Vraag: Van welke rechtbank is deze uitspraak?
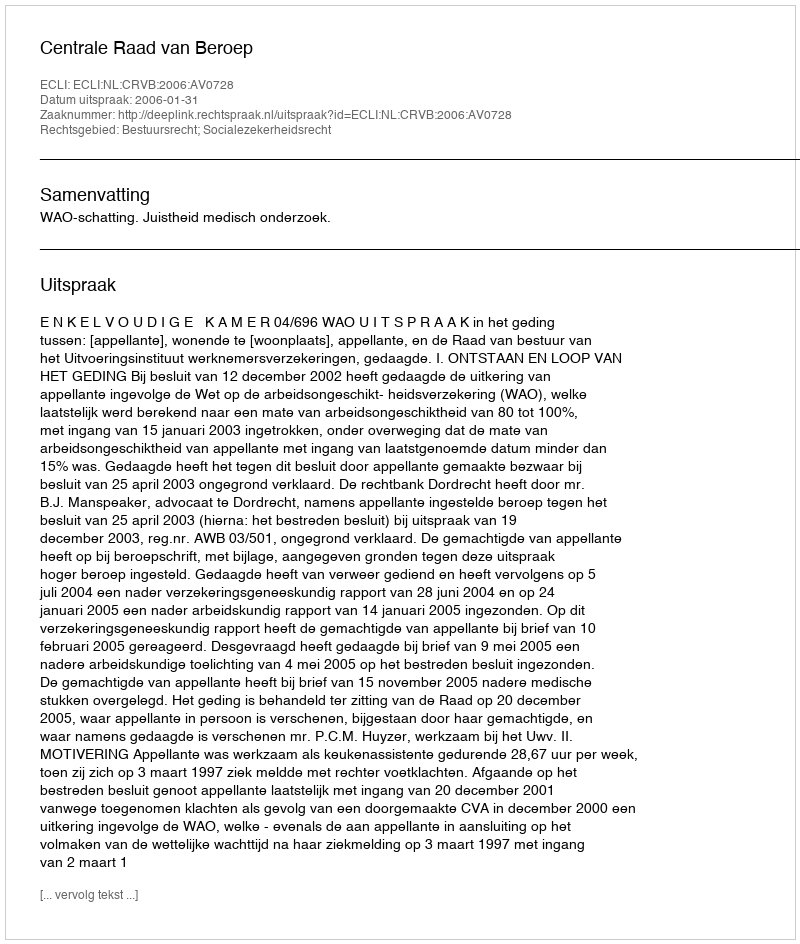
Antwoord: Centrale Raad van Beroep